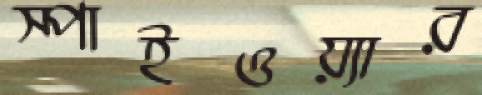
স্পাইওয়্যার